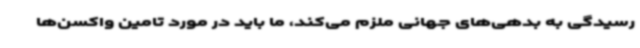
رسیدگی به بدهی‌های جهانی ملزم می‌کند، ما باید در مورد تامین واکسن‌ها